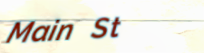
Main St